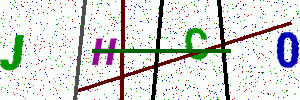
Text: JHC0